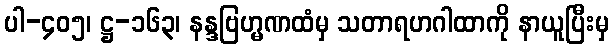
ပါ-၄၀၅၊ ဋ္ဌ-၁၆၃၊ နန္ဒဗြဟ္မဏထံမှ သတာရဟဂါထာကို နာယူပြီးမှ